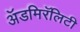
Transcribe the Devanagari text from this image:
ॲडमिरॅलिटी